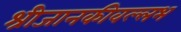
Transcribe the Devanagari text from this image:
श्रीजानकीवल्लभ